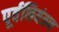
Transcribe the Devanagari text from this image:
पूर्वनियंत्रण